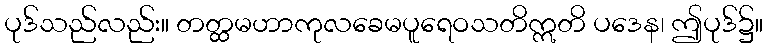
ပုဒ်သည်လည်း။ တတ္ထမဟာကုလခေမပူရေဝသတိဣတိ ပဒေန၊ ဤပုဒ်၌။